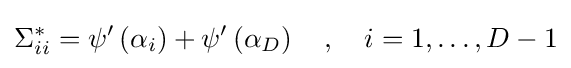
\Sigma _{ii}^{*}=\psi '\left(\alpha _{i}\right)+\psi '\left(\alpha _{D}\right)\quad ,\quad i=1,\ldots ,D-1